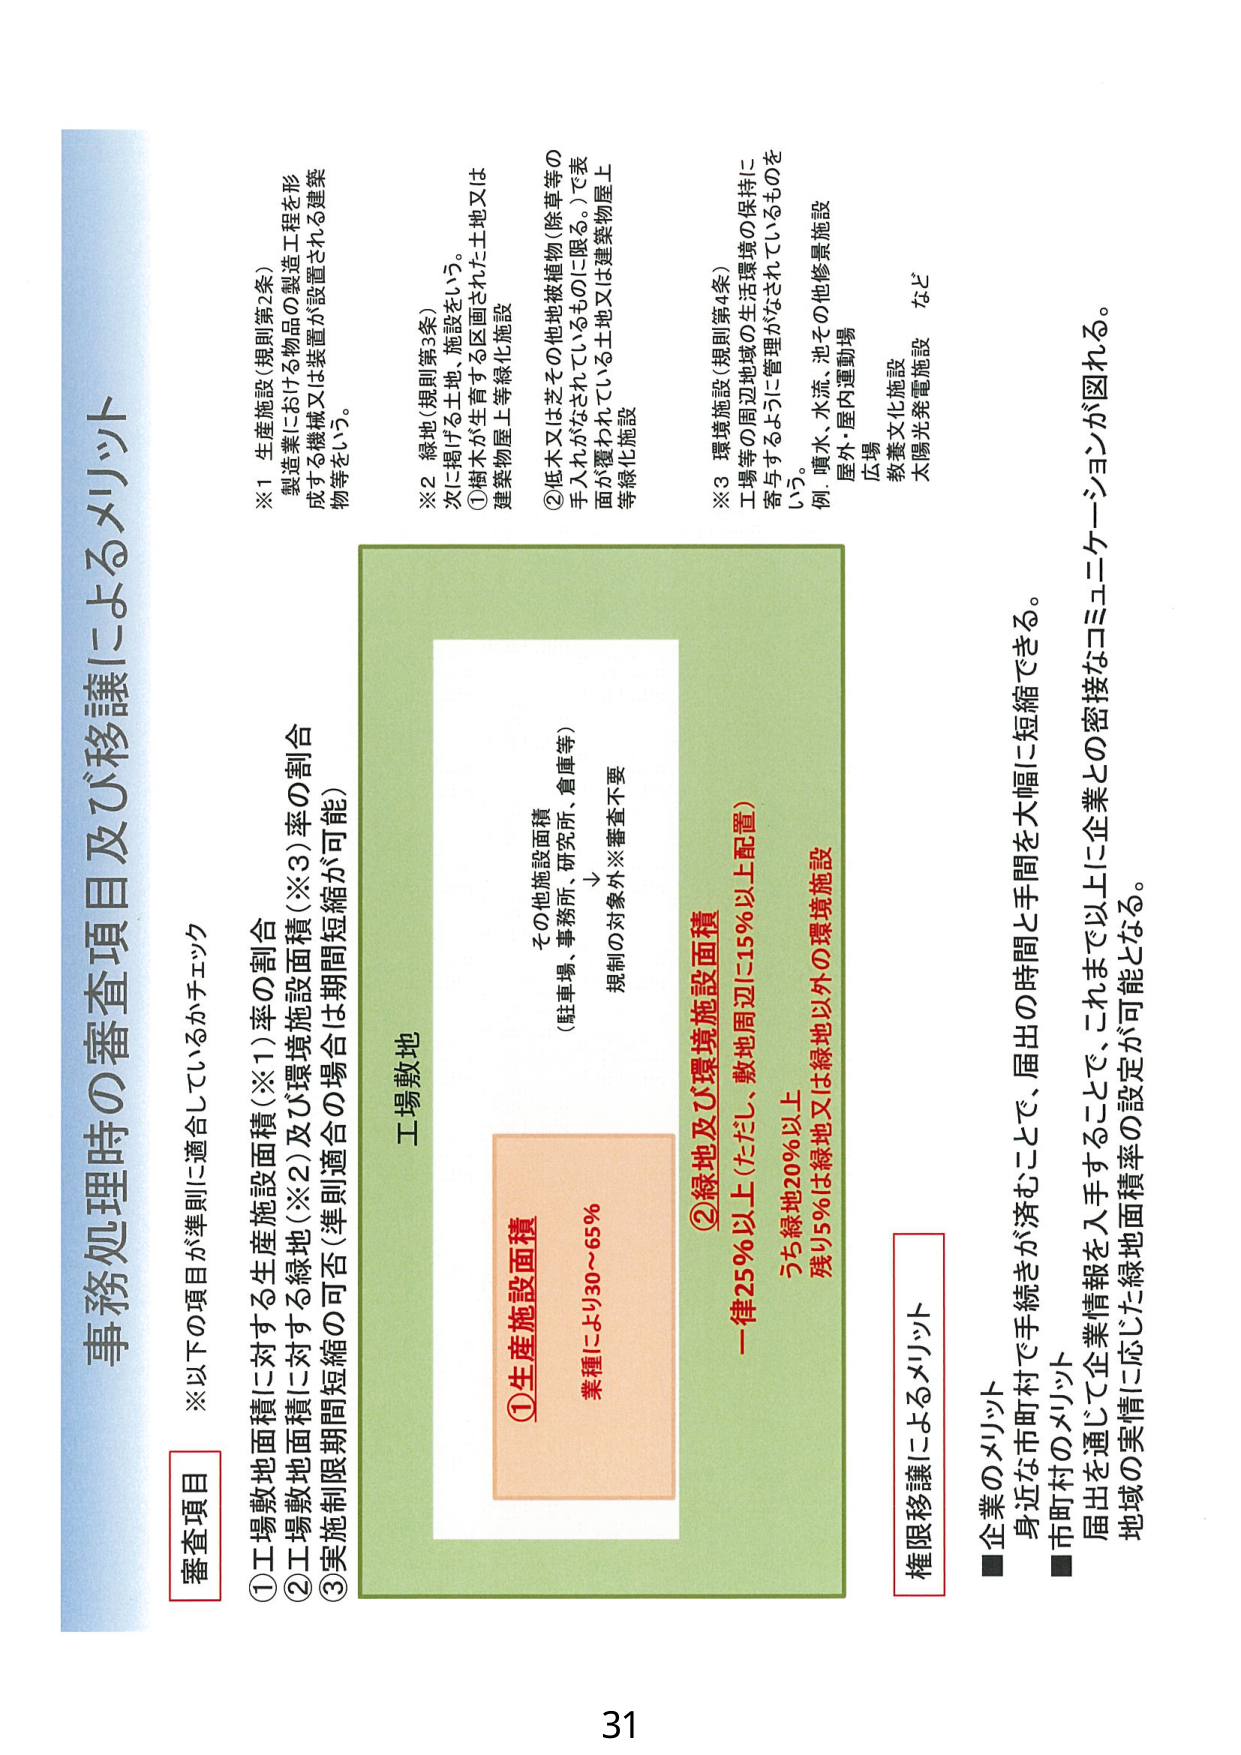
事務処理時の審査項目及び移譲によるメリット

※以下の項目が準則に適合しているかチェック

審査項目
①工場敷地面積に対する生産施設面積（※1）率の割合
②工場敷地面積に対する緑地（※2）及び環境施設面積（※3）率の割合
③実施制限期間短縮の可否（準則適合の場合は期間短縮が可能）

※1 生産施設（規則第2条）
製造業における物品の製造工程を形成する機械又は装置が設置される建築物等をいう。

※2 緑地（規則第3条）
次に掲げる土地、施設をいう。
①樹木が生育する区画された土地又は建築物屋上等緑化施設
②低木又は芝その他他被植物（除草等の手入れがなされているものに限る。）で表面が覆われている土地又は建築物屋上等緑化施設

※3 環境施設（規則第4条）
工場等の周辺地域の生活環境の保持に寄与するように管理がなされているものをいう。
例．噴水、水流、池その他修景施設
屋外・屋内運動場
広場
教養文化施設
太陽光発電施設　など

工場敷地
①生産施設面積
業種により30～65％
その他施設面積
（駐車場、事務所、研究所、倉庫等）
規制の対象外※審査不要
②緑地及び環境施設面積
一律25％以上（ただし、敷地周辺に15％以上配置）
うち緑地20％以上
残り5％は緑地又は緑地以外の環境施設

権限移譲によるメリット
■企業のメリット
身近な市町村で手続きができ、届出の時間と手間を大幅に短縮できる。
■市町村のメリット
届出を通じて企業情報を入手することで、これまで以上に企業との密接なコミュニケーションが図れる。
地域の実情に応じた緑地面積率の設定が可能となる。

31